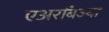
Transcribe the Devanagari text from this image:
एअरबिज्या